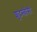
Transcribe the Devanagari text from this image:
शूद्रस्त्रीसी